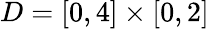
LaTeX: D=[0,4]\times[0,2]